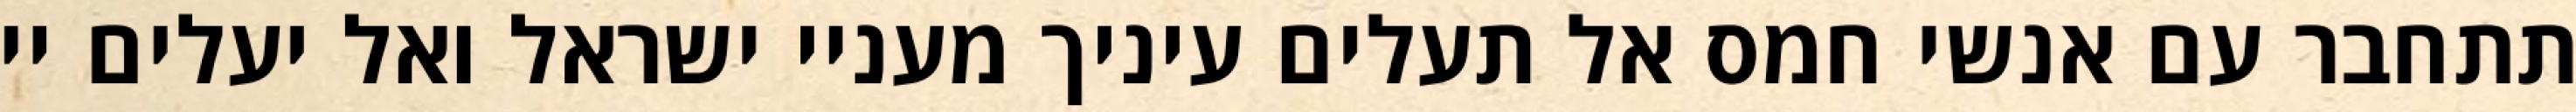
תתחבר עם אנשי חמס אל תעלים עיניך מעניי ישראל ואל יעלים יי